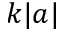
k | a |